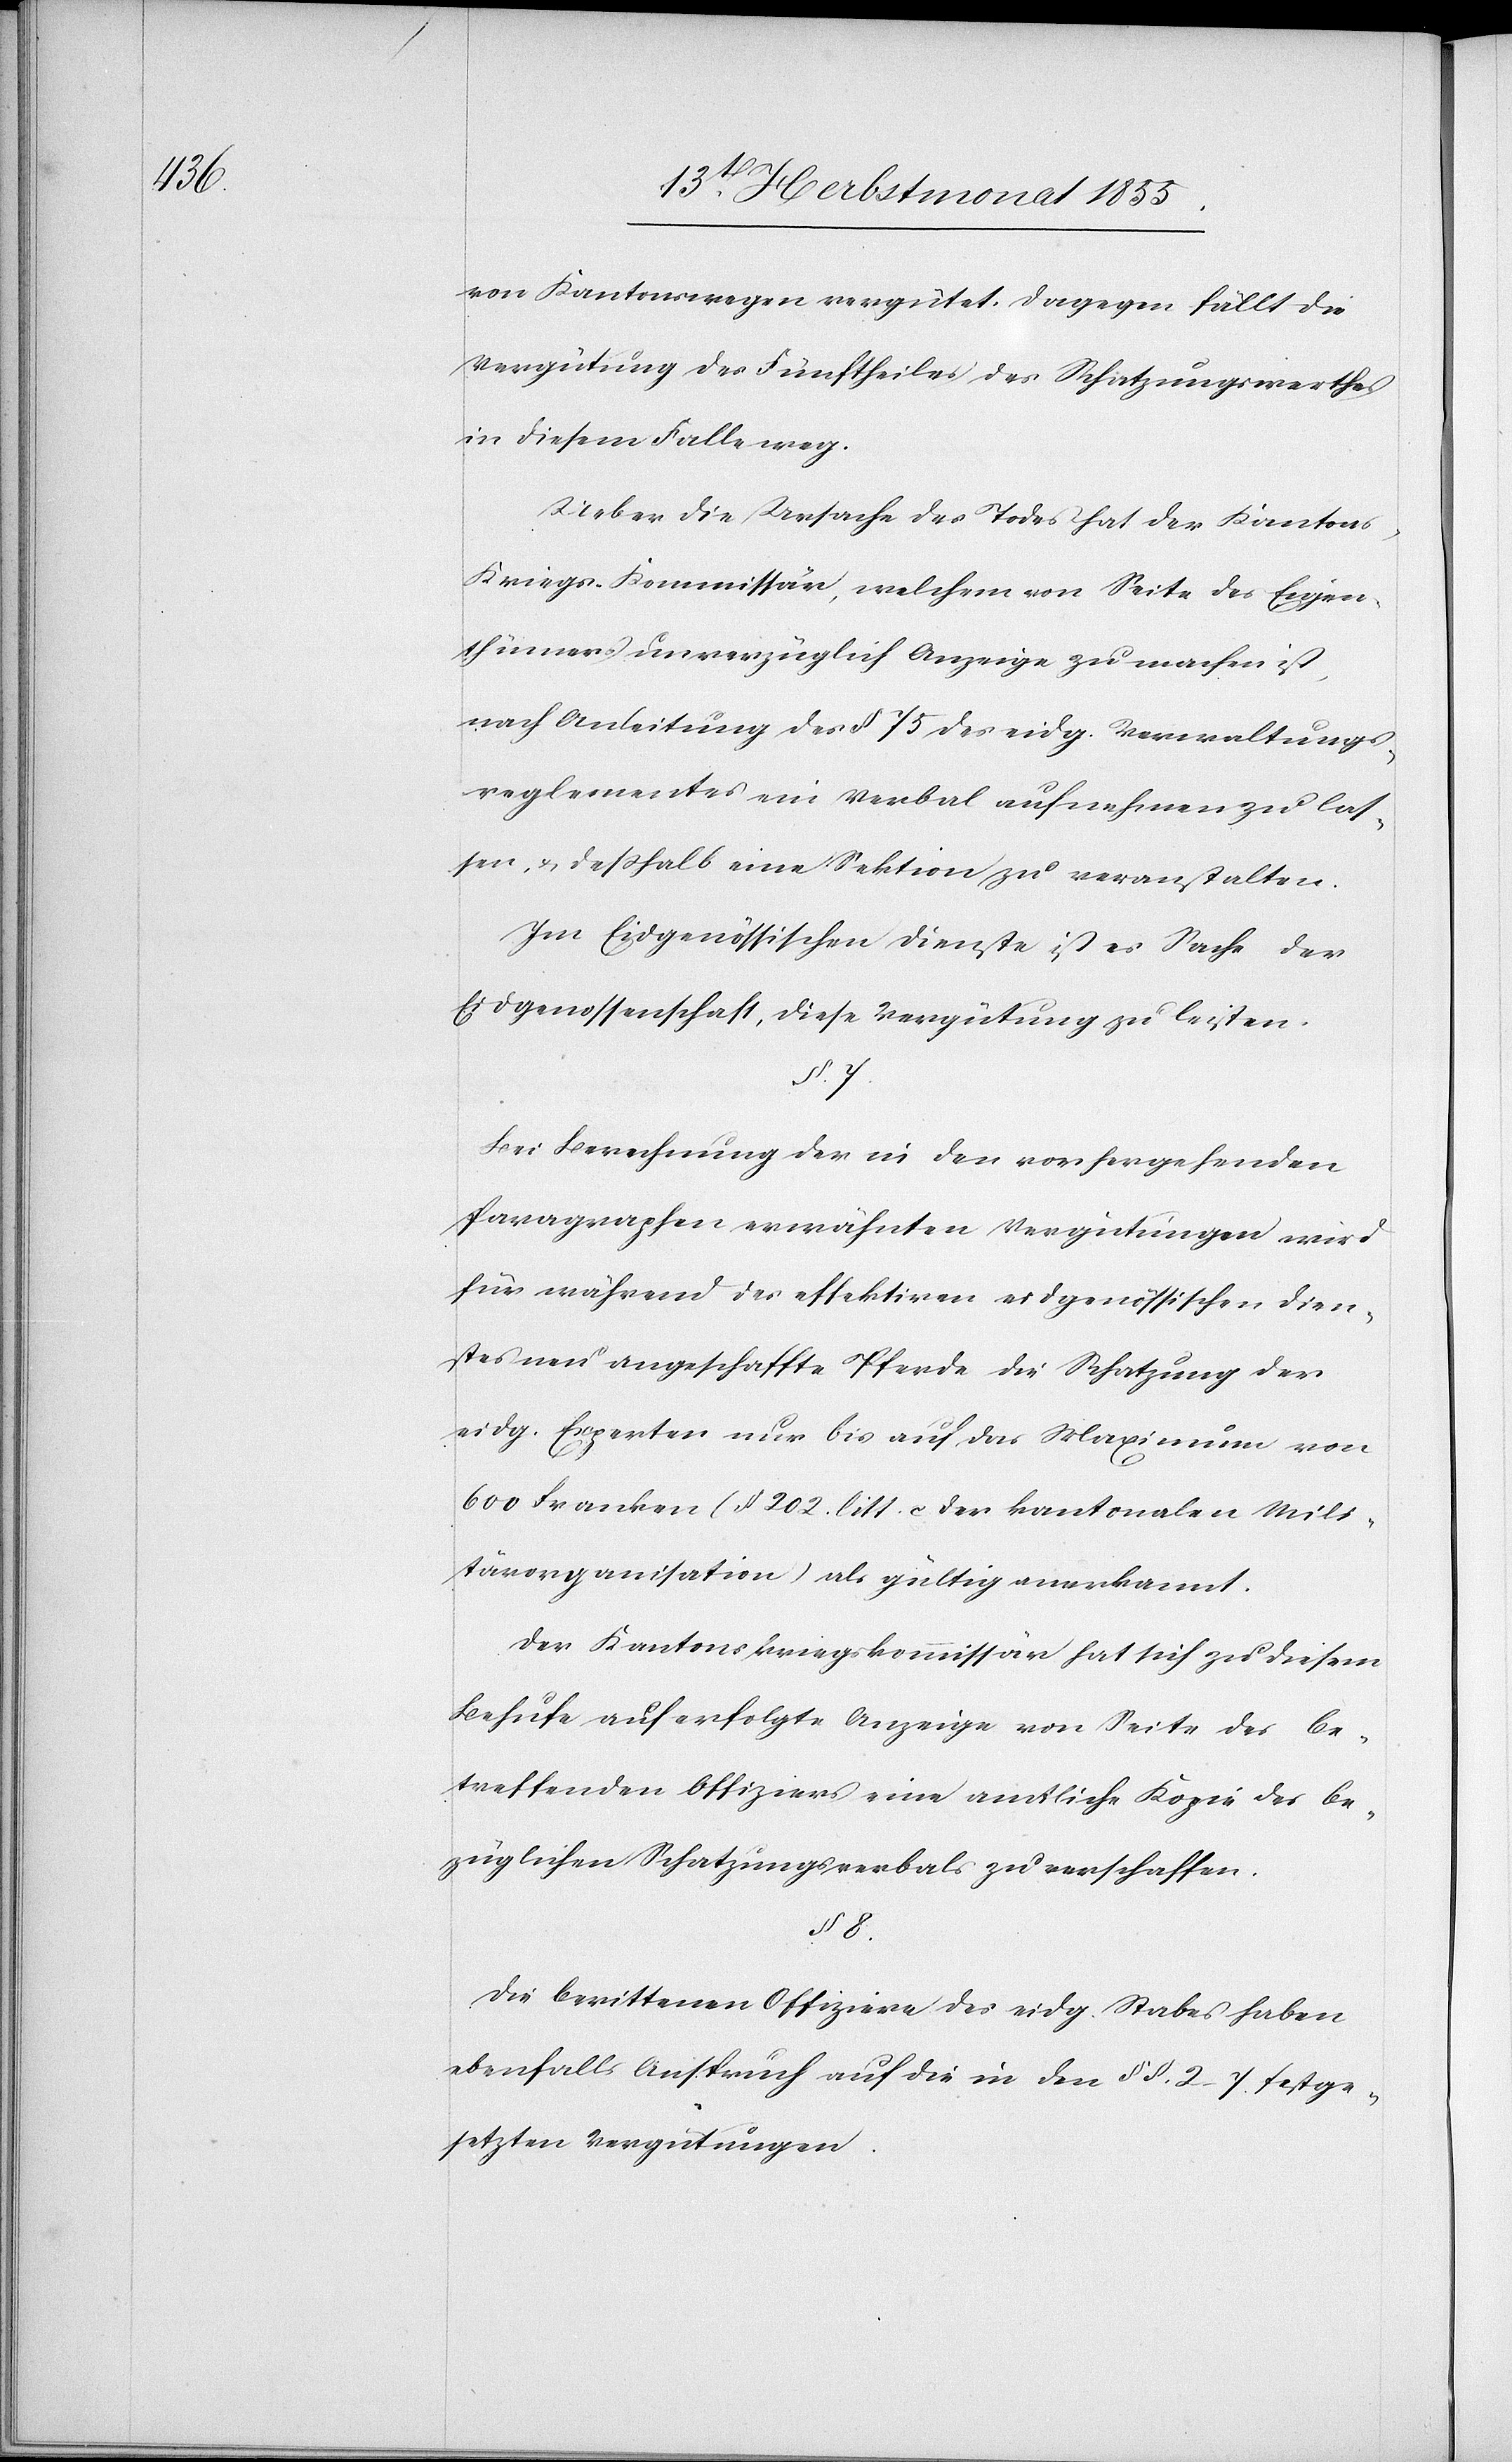
von Kantonswegen vergütet. Dagegen fällt die
Vergütung des Fünftheiles des Schatzungswerthes
in diesem Falle weg.
Ueber die Ursache des Todes hat der Kanton¬
s-Kriegs-Kommissär, welchem von Seite des Eigen¬
thümers unverzüglich Anzeige zu machen ist,
nach Anleitung des § 75 des eidg. Verwaltungs¬
reglementes ein Verbal aufnehmen zu las¬
sen, & desshalb eine Sektion zu veranstalten.
Im Eidgenössischen Dienste ist es Sache der
Eidgenossenschaft, diese Vergütung zu leisten.
§. 7.
Bei Berechnung der in den vorhergehenden
Paragraphen erwähnten Vergütungen wird
für während des effektiven eidgenössischen Dien¬
stes neu angeschaffte Pferde die Schatzung der
eidg. Experten nur bis auf das Maximum von
600 Franken (§ 202. litt. c. der kantonalen Mili¬
tärorganisation) als gültig anerkannt.
Der Kantonskriegskommissär hat sich zu diesem
Behufe auf erfolgte Anzeige von Seite des be¬
treffenden Offiziers eine amtliche Kopie des be¬
züglichen Schatzungsverbals zu verschaffen.
§ 8.
Die berittenen Offiziere des eidg. Stabes haben
ebenfalls Anspruch auf die in den §§. 2–7. festge¬
setzten Vergütungen.